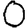
Digit: 0